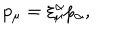
p _ { \mu } = \xi _ { \mu } ^ { \alpha } p _ { \alpha } ,